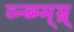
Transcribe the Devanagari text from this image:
व्न्ब्म्म्म्न्